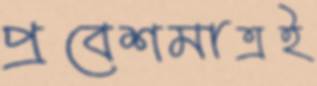
প্রবেশমাত্রই